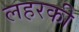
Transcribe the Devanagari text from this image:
लहरकी